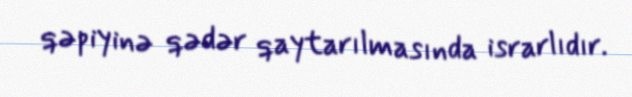
qəpiyinə qədər qaytarılmasında israrlıdır.